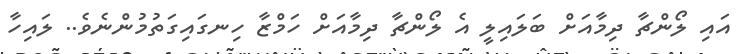
އައި ލޯންޗާ ދިމާއަށް ބަލައިލީ އެ ލޯންޗާ ދިމާއަށް ހަމްޒާ ހިނގައިގަތުމުންނެވެ.. ލައިހާ